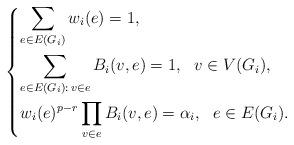
LaTeX: \begin{align*}\begin{dcases}\sum_{e\in E(G_i)}w_i(e)=1,\\\sum_{e\in E(G_i):\,v\in e}B_i(v,e)=1,\ \ v\in V(G_i),\\w_i(e)^{p-r}\prod_{v\in e}B_i(v,e)=\alpha_i,\ \ e\in E(G_i).\end{dcases}\end{align*}